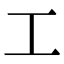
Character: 工